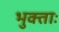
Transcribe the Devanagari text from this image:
भुक्ताः